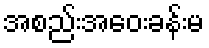
အစည်းအဝေးခန်းမ